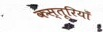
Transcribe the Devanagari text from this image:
कस्तूरियाँ